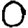
Digit: 0